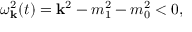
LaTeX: \omega _ { \bf k } ^ { 2 } ( t ) = { \bf k } ^ { 2 } - m _ { 1 } ^ { 2 } - m _ { 0 } ^ { 2 } < 0 ,